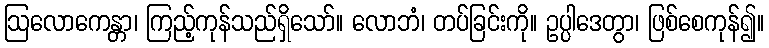
ဩလောကေန္တာ၊ ကြည့်ကုန်သည်ရှိသော်။ လောဘံ၊ တပ်ခြင်းကို။ ဥပ္ပါဒေတွာ၊ ဖြစ်စေကုန်၍။